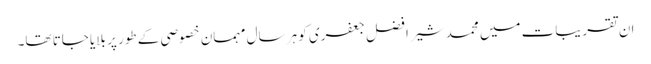
ان تقریبات میں محمد شیر افضل جعفری کو ہر سال مہمان خصوصی کے طور پر بلایا جاتا تھا۔